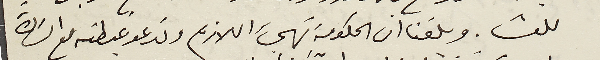
للعشا. وبلغنا ان الحكومة تهيء اللازم وتدعو غبطته مع السَادة